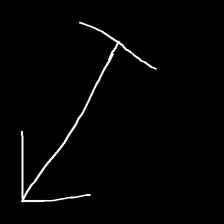
Glyph: levitation